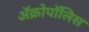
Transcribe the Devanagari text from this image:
ॲक्रोपॉलिस